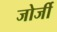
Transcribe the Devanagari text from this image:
जोर्जी